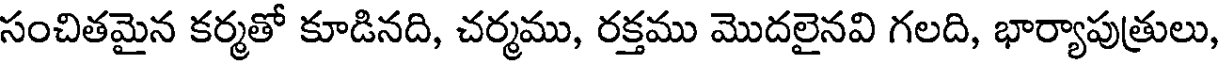
సంచితమైన కర్మతో కూడినది, చర్మము, రక్తము మొదలైనవి గలది, భార్యాపుత్రులు,